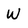
Character: W